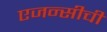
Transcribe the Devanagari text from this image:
एजन्सीची